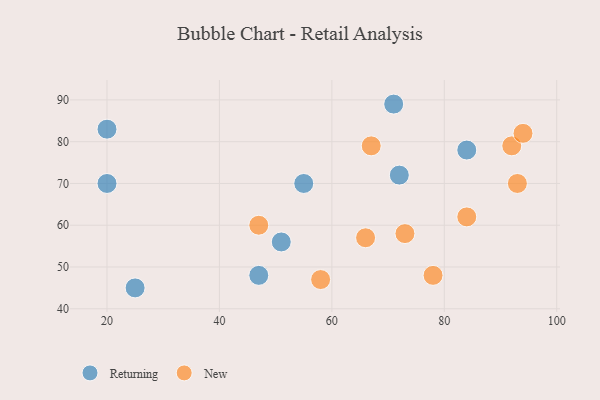
{"axis": {"x": "GDP", "y": "Life Expectancy"}, "legend": ["New", "Returning"], "data": [{"x": "71", "y": 89, "type": "Returning"}, {"x": "20", "y": 70, "type": "Returning"}, {"x": "25", "y": 45, "type": "Returning"}, {"x": "20", "y": 83, "type": "Returning"}, {"x": "47", "y": 48, "type": "Returning"}, {"x": "84", "y": 78, "type": "Returning"}, {"x": "51", "y": 56, "type": "Returning"}, {"x": "72", "y": 72, "type": "Returning"}, {"x": "55", "y": 70, "type": "Returning"}, {"x": "92", "y": 79, "type": "New"}, {"x": "94", "y": 82, "type": "New"}, {"x": "78", "y": 48, "type": "New"}, {"x": "66", "y": 57, "type": "New"}, {"x": "84", "y": 62, "type": "New"}, {"x": "93", "y": 70, "type": "New"}, {"x": "73", "y": 58, "type": "New"}, {"x": "67", "y": 79, "type": "New"}, {"x": "58", "y": 47, "type": "New"}, {"x": "47", "y": 60, "type": "New"}]}